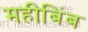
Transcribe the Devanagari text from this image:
महीबिंब